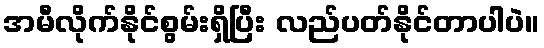
အမီလိုက်နိုင်စွမ်းရှိပြီး လည်ပတ်နိုင်တာပါပဲ။